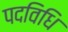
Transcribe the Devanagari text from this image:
पदविधि